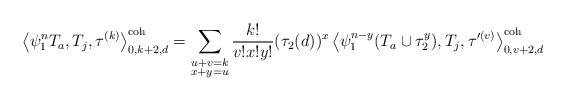
LaTeX: \begin{align*} \left\langle \psi_1^n T_a, T_j, \tau^{(k)} \right\rangle^\textnormal{coh}_{0,k+2,d} = \sum_{\substack{u+v=k \\ x+y=u}} \frac{k!}{v!x!y!} (\tau_2(d))^x \left\langle \psi_1^{n-y} (T_a \cup \tau_2^y), T_j, \tau'^{(v)} \right\rangle^\textnormal{coh}_{0,v+2,d}\end{align*}